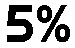
5%